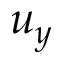
u _ { y }